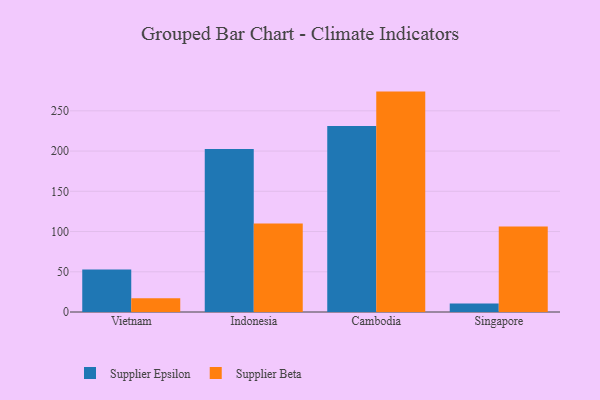
{"axis": {"x": "Country", "y": "Demand Index"}, "legend": ["Supplier Beta", "Supplier Epsilon"], "data": [{"x": "Vietnam", "y": 52.7, "type": "Supplier Epsilon"}, {"x": "Vietnam", "y": 17.2, "type": "Supplier Beta"}, {"x": "Indonesia", "y": 202.5, "type": "Supplier Epsilon"}, {"x": "Indonesia", "y": 110.1, "type": "Supplier Beta"}, {"x": "Cambodia", "y": 231.0, "type": "Supplier Epsilon"}, {"x": "Cambodia", "y": 273.9, "type": "Supplier Beta"}, {"x": "Singapore", "y": 10.7, "type": "Supplier Epsilon"}, {"x": "Singapore", "y": 106.4, "type": "Supplier Beta"}]}